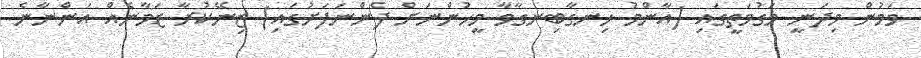
ވަމުން މިދަނީ މަގުމަތީގައި (އާންމު ހިނގާބިނގާވާ މީހުންނަށް ފެންނަފަށުގައި) ޒިނޭކުރާ ޒަމާނެއް އަންނާނެ